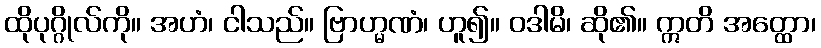
ထိုပုဂ္ဂိုလ်ကို။ အဟံ၊ ငါသည်။ ဗြာဟ္မဏံ၊ ဟူ၍။ ဝဒါမိ၊ ဆို၏။ ဣတိ အတ္ထော၊